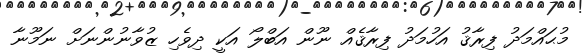
މުޙައްމަދު ފިރާޤު އަހުމަދު ފިރާޤެއް ނޫން އަބްލޯ އަކީ ދިވެހި ޒުވާނުންނަށް ނަމޫނާ